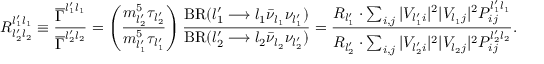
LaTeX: R _ { l _ { 2 } ^ { \prime } l _ { 2 } } ^ { l _ { 1 } ^ { \prime } l _ { 1 } } \equiv \frac { \overline { { \Gamma } } ^ { l _ { 1 } ^ { \prime } l _ { 1 } } } { \overline { { \Gamma } } ^ { l _ { 2 } ^ { \prime } l _ { 2 } } } = \left( \frac { m _ { l _ { 2 } ^ { \prime } } ^ { 5 } \tau _ { l _ { 2 } ^ { \prime } } } { m _ { l _ { 1 } ^ { \prime } } ^ { 5 } \tau _ { l _ { 1 } ^ { \prime } } } \right) \frac { \mathrm { B R } ( l _ { 1 } ^ { \prime } \longrightarrow l _ { 1 } \bar { \nu } _ { l _ { 1 } } \nu _ { l _ { 1 } ^ { \prime } } ) } { \mathrm { B R } ( l _ { 2 } ^ { \prime } \longrightarrow l _ { 2 } \bar { \nu } _ { l _ { 2 } } \nu _ { l _ { 2 } ^ { \prime } } ) } = \frac { { \cal R } _ { l _ { 1 } ^ { \prime } } \cdot \sum _ { i , j } | V _ { l _ { 1 } ^ { \prime } i } | ^ { 2 } | V _ { l _ { 1 } j } | ^ { 2 } P _ { i j } ^ { l _ { 1 } ^ { \prime } l _ { 1 } } } { { \cal R } _ { l _ { 2 } ^ { \prime } } \cdot \sum _ { i , j } | V _ { l _ { 2 } ^ { \prime } i } | ^ { 2 } | V _ { l _ { 2 } j } | ^ { 2 } P _ { i j } ^ { l _ { 2 } ^ { \prime } l _ { 2 } } } .